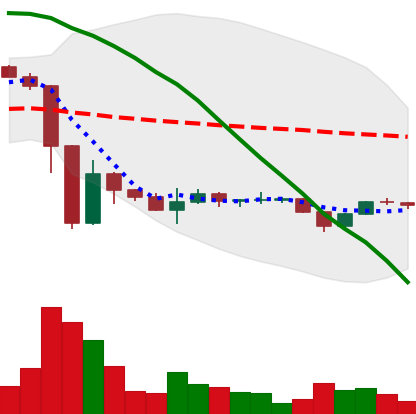
Ticker: BTC-USD
Chart end date: 2022-11-25
Forward return: 3.914%
Label: up_3_5